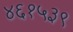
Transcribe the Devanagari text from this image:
४६१५३९